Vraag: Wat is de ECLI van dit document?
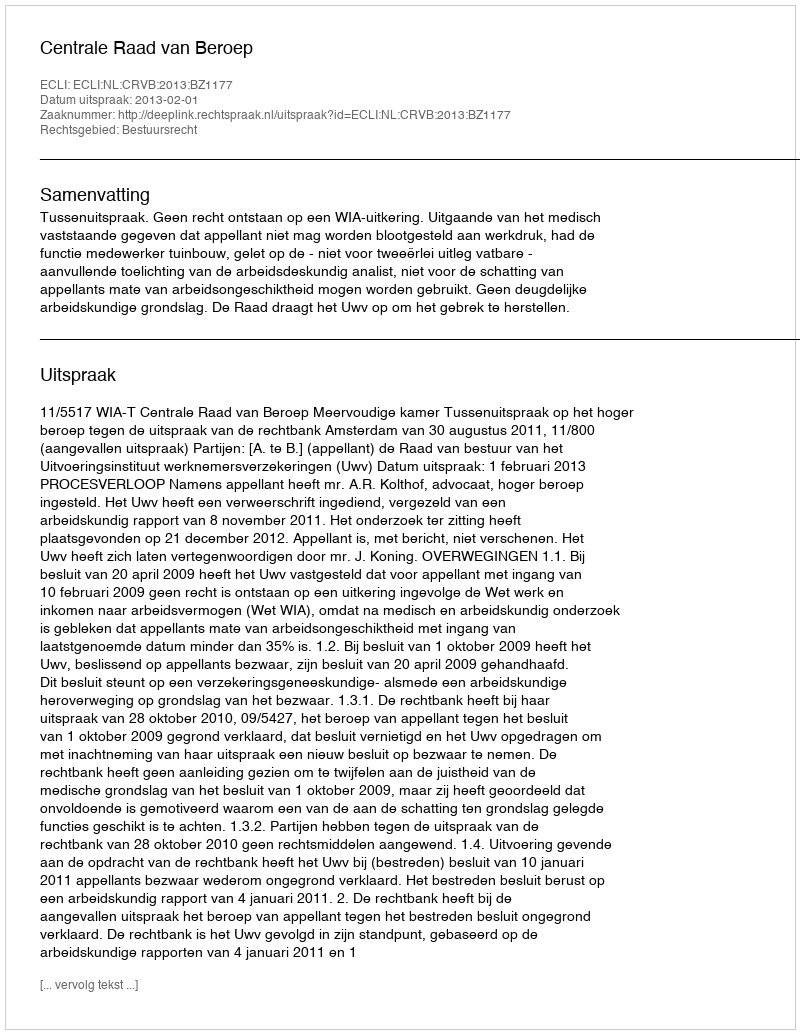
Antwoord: ECLI:NL:CRVB:2013:BZ1177